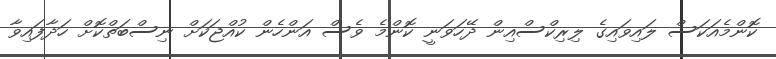
ކޮންމެއަކަސް ލައިވައިގެ ލިރިކްސްއިން ދޭހަވަނީ ކޮންމެ ވެސް އަންހެން ކުއްޖަކަށް ނިސްބަތްކޮށް ހަދާފައިވާ